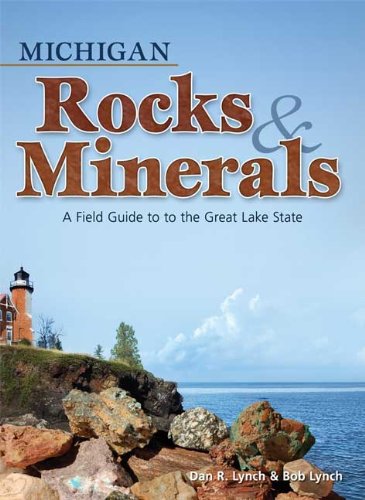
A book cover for Michigan Rocks & Minerals: A Field Guide to the Great Lake State; Dan R. Lynch; Science & Math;